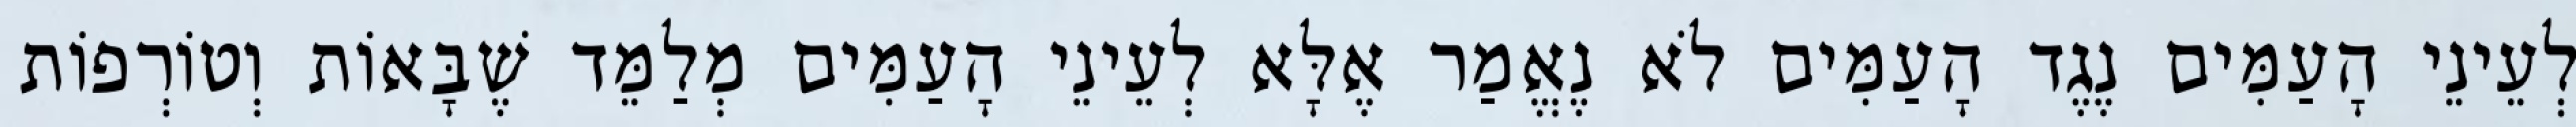
לְעֵינֵי הָעַמִּים נֶגֶד הָעַמִּים לֹא נֶאֱמַר אֶלָּא לְעֵינֵי הָעַמִּים מְלַמֵּד שֶׁבָּאוֹת וְטוֹרְפוֹת